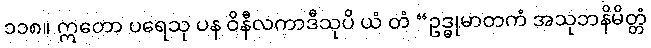
၁၁၈။ ဣတော ပရေသု ပန ဝိနီလကာဒီသုပိ ယံ တံ “ဥဒ္ဓုမာတကံ အသုဘနိမိတ္တံ